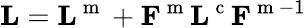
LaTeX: {\mathbf L}={\mathbf L}^{\mathrm{~m~}}+{\mathbf F}^{\mathrm{~m~}}{\mathbf L}^{\mathrm{~c~}}{\mathbf F}^{\mathrm{~m~}-1}